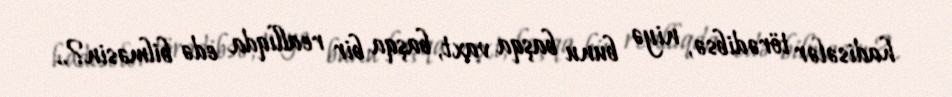
hadisələr törədibsə, niyə bunu başqa vaxt, başqa bir reallıqda edə bilməsin?..